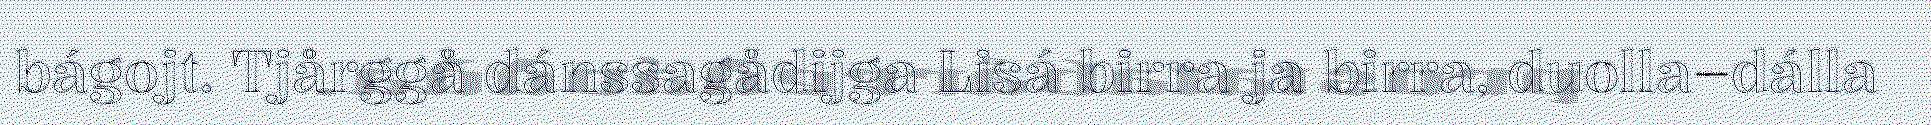
bágojt. Tjårggå dánssagådijga Lisá birra ja birra, duolla–dálla